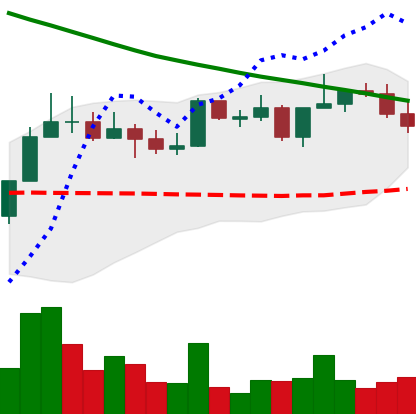
Ticker: NEO-USD
Chart end date: 2022-08-15
Forward return: -15.143%
Label: down_7plus